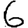
Digit: 6